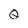
Character: Q